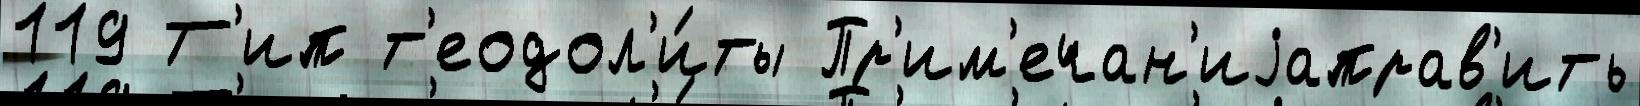
119 Т'ип т'еодол'и́ты Пр'им'ечан'иjаправ'ить